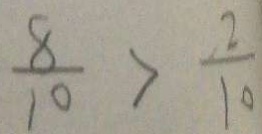
\frac { 8 } { 1 0 } > \frac { 2 } { 1 0 }